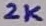
Text: 2K